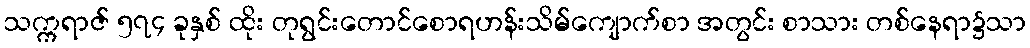
သက္ကရာဇ် ၅၇၄ ခုနှစ် ထိုး တုရွင်းတောင်စောရဟန်းသိမ်ကျောက်စာ အတွင်း စာသား တစ်နေရာ၌သာ